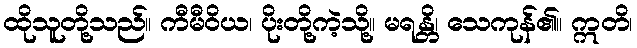
ထိုသူတို့သည်။ ကီမီဝိယ၊ ပိုးတို့ကဲ့သို့။ မရန္တိ၊ သေကုန်၏။ ဣတိ၊